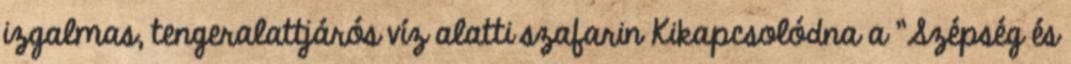
izgalmas, tengeralattjárós víz alatti szafarin Kikapcsolódna a "Szépség és